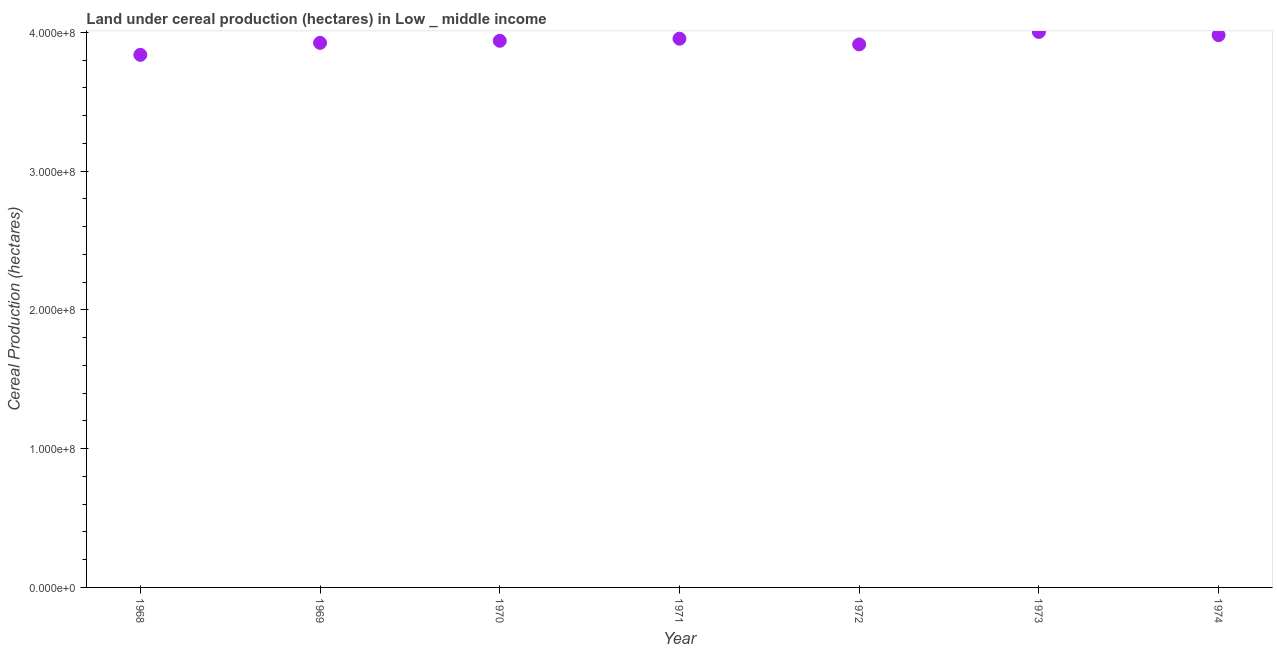
| Year | Land under cereal production (hectares) |
 | --- | --- |
 | 1968 | 3.84e+08 |
 | 1969 | 3.92e+08 |
 | 1970 | 3.94e+08 |
 | 1971 | 3.95e+08 |
 | 1972 | 3.91e+08 |
 | 1973 | 4e+08 |
 | 1974 | 3.98e+08 |